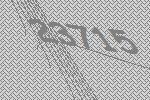
23715